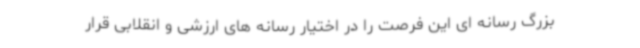
بزرگ رسانه ای این فرصت را در اختیار رسانه های ارزشی و انقلابی قرار